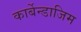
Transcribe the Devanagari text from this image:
कार्बेन्डाजिम